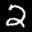
Label: 2